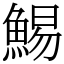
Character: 鯣